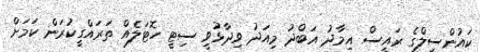
ކައުންސިލްގެ ރައީސް އިމާދު އަބްދު މިއަދު ވިދާޅުވީ ސިޓީ ހޮޓަލެއް ތަރައްގީކުރަން ކަމަށް